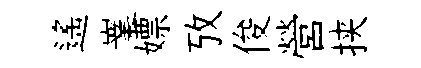
遥嶪嫖攷俊營挟